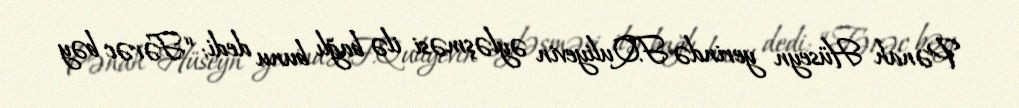
Pənah Hüseyn yerində F.Quliyevin əyləşməsi ilə bağlı bunu dedi: “Fərəc bəy